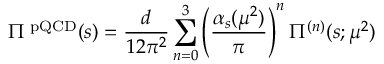
\Pi ^ { \mathrm { \scriptsize ~ p Q C D } } ( s ) = \frac { d } { 1 2 \pi ^ { 2 } } \sum _ { n = 0 } ^ { 3 } \left( \frac { \alpha _ { s } ( \mu ^ { 2 } ) } { \pi } \right) ^ { n } \Pi ^ { ( n ) } ( s ; \mu ^ { 2 } )